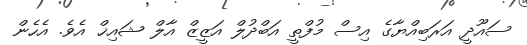
ސައޫދީ އަރަބިއްޔާގެ އިސް މުފްތީ އަބްދުލް އަޒީޒް އާލް ޝައިޚް އެވެ. އެހެން